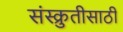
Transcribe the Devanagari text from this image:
संस्क्रुतीसाठी